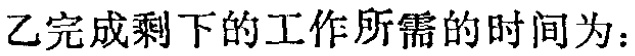
乙完成剩下的工作所需的时间为：